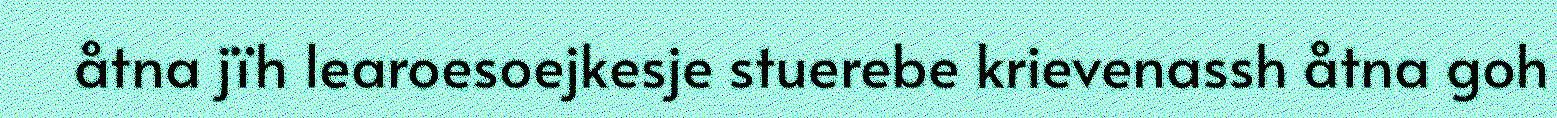
åtna jïh learoesoejkesje stuerebe krievenassh åtna goh